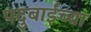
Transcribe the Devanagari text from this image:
पदुबाईच्या